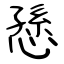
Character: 愻